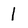
Character: 1